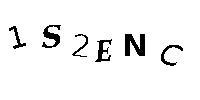
1S2ENC